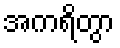
အကရိတွာ